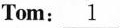
Tom:\underline{1}